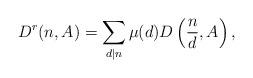
\begin{align*}D^r(n,A)=\sum_{ d\lvert n}\mu(d)D\left(\frac{n}{d},A\right),\end{align*}